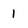
Character: 1